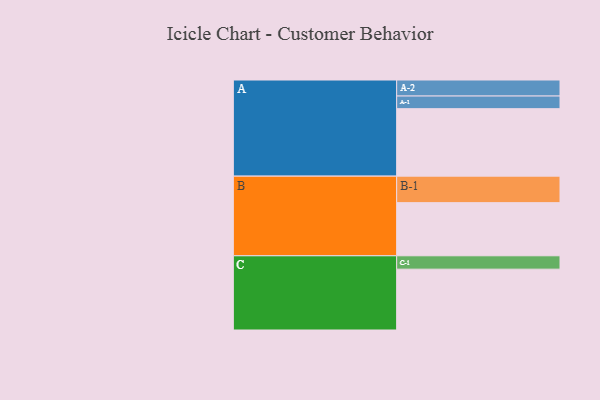
{"axis": {"x": "Segment", "y": "Value"}, "legend": ["", "A", "B", "C"], "data": [{"x": "A", "y": 560, "type": ""}, {"x": "B", "y": 441, "type": ""}, {"x": "C", "y": 505, "type": ""}, {"x": "A-1", "y": 105, "type": "A"}, {"x": "A-2", "y": 133, "type": "A"}, {"x": "B-1", "y": 220, "type": "B"}, {"x": "C-1", "y": 111, "type": "C"}]}